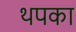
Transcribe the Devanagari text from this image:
थपका